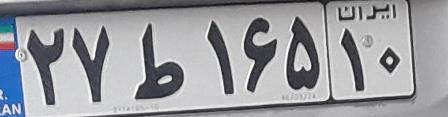
۲۷ط۱۶۵۱۰